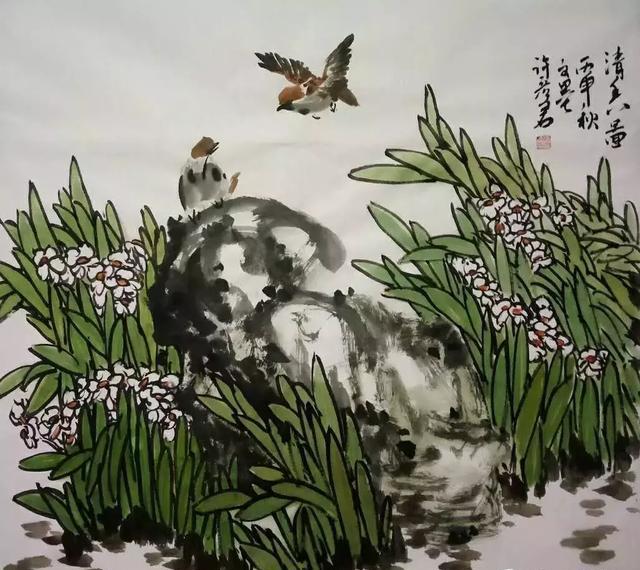
故大人之务，将在于众贤而巳。